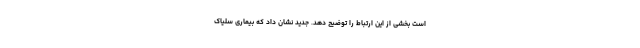
است بخشی از این ارتباط را توضیح دهد. جدید نشان داد که بیماری سلیاک